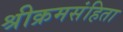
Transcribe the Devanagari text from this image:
श्रीक्रमसंहिता